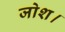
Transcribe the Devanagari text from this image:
जोश।